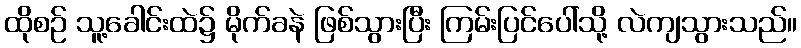
ထိုစဉ် သူ့ခေါင်းထဲ၌ မိုက်ခနဲ ဖြစ်သွားပြီး ကြမ်းပြင်ပေါ်သို့ လဲကျသွားသည်။